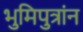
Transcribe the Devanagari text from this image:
भुमिपुत्रांन